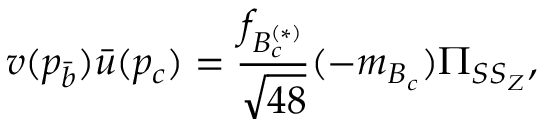
v ( p _ { \bar { b } } ) \bar { u } ( p _ { c } ) = \frac { f _ { B _ { c } ^ { ( * ) } } } { \sqrt { 4 8 } } ( \not { p } - m _ { B _ { c } } ) \Pi _ { S S _ { Z } } ,